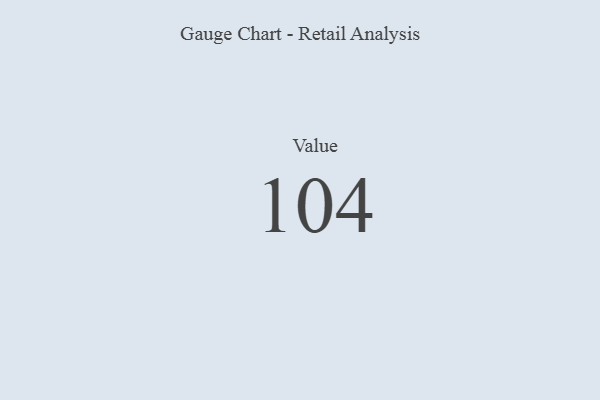
{"axis": {"x": "Metric", "y": "Value"}, "legend": [""], "data": [{"x": "Value", "y": 104, "type": ""}]}